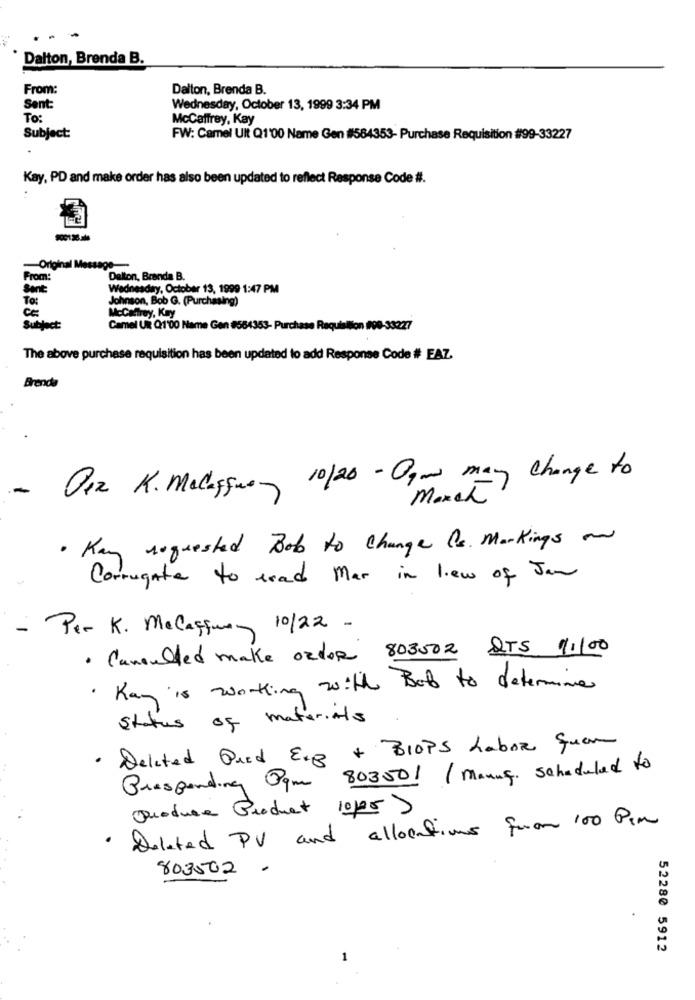
Dalton, Brenda B.
From:
Dalton, Brenda B.
Sent:
Wednesday, October 13, 1999 3:34 PM
To:
McCaffrey, Kay
Subject:
FW: Camel Ult Q1'00 Name Gen #584353- Purchase Requisition #99-33227
Kay, PD and make order has also been updated to reflect Response Code #.
Original Message-
From:
Dalton, Branda B.
Sent:
Wednesday, October 13, 1999 1:47 PM
To:
Johnson, Bob G. (Purchasing)
ce
McCaffrey, Kay
Subject:
Camel UR Q1'00 Name Gen #564353- Purchase Requisition /00-33227
The above purchase requisition has been updated to add Response Code # EAZ.
Brenda
O12 K. Macasque 10/20 - Og - may change to
-
March
· Kay requested Bob to Change Cs. Markings an
Corrugate to read Mar in liew of Jan
- Per K. Melasjuan 10/22 -
· Cancelled make order 803002 QTS 11100
. Kay is working with Bob to determine .
status of materials
· Deleted Pred Exp + BIOPS Labor quem
Presponding Ogm 80300/ / manus, scheduled to
Quadrare Product 10/05)
· Deleted PV and allocations from 100 Ppm
803502
52280 5912
1